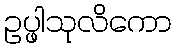
ဥပ္ဖါသုလိကော